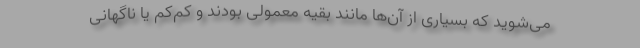
می‌شوید که بسیاری از آن‌ها مانند بقیه معمولی بودند و کم‌کم یا ناگهانی